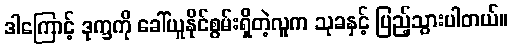
ဒါကြောင့် ဒုက္ခကို ခေါ်ယူနိုင်စွမ်းရှိတဲ့လူက သုခနှင့် ပြည့်သွားပါတယ်။